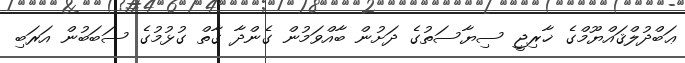
ޢަބްދުލްޤައްޔޫމްގެ ޚާރިޖީ ސިޔާސަތުގެ ދަށުން ބާއްވަމުން ގެންދާ ގާތް ގުޅުމުގެ ސަބަބުން އަރަބި